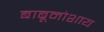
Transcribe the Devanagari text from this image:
बाबूमोशाय